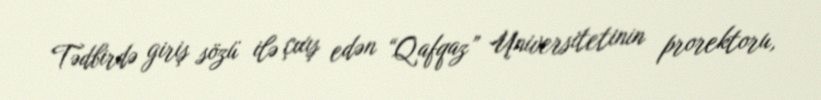
Tədbirdə giriş sözü ilə çıxış edən “Qafqaz” Universitetinin prorektoru,